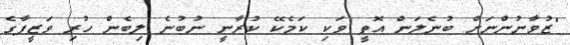
"ޒުވާނުންނަށް ބުނެލަން އޮތީ ވަކި ކަމެކޭ ކުރާނީ ނުބުނެ ލިބެން ހުރި ވަޒީފާގެ